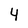
Character: 4